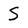
Character: S